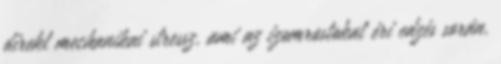
direkt mechanikai stressz, ami az izomrostokat éri edzés során.